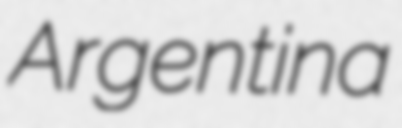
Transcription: Argentina